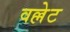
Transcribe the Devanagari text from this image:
वल्लेट